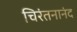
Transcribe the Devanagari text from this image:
चिरंतनानंद